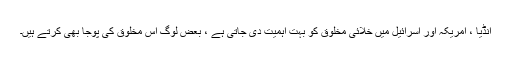
انڈیا ، امریکہ اور اسرائیل میں خلائی مخلوق کو بہت اہمیت دی جاتی ہے ، بعض لوگ اس مخلوق کی پوجا بھی کرتے ہیں۔